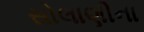
સોલાણીના